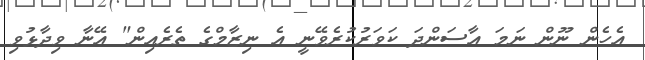
އެހެން ނޫން ނަމަ އާސަންދަ ކަވަރުކުރެވޭނީ އެ ނިޒާމްގެ ތެރެއިން" އޭނާ ވިދާޅުވި